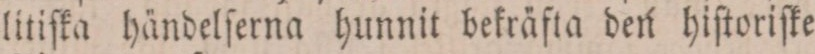
litiſka händelſerna hunnit bekräfta den hiſtoriſke